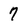
Character: 7